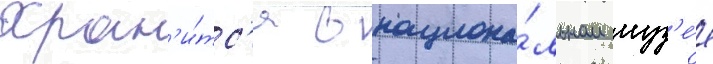
Хран'и́тс'я в национа́льном муз'е́е